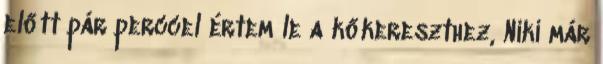
előtt pár perccel értem le a kőkereszthez, Niki már